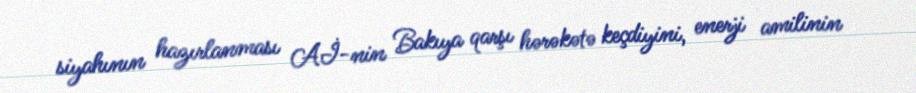
siyahının hazırlanması Aİ-nin Bakıya qarşı hərəkətə keçdiyini, enerji amilinin